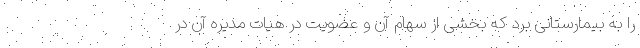
را به بیمارستانی برد که بخشی از سهام آن و عضویت در هیات مدیره آن در